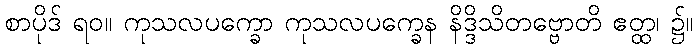
စာပိုဒ် ရဝ။ ကုသလပက္ခော ကုသလပက္ခေန နိဒ္ဒိသိတဗ္ဗောတိ ဧတ္ထ၊ ၌။